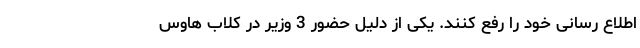
اطلاع رسانی خود را رفع کنند. یکی از دلیل حضور 3 وزیر در کلاب هاوس